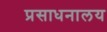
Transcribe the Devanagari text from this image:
प्रसाधनालय